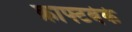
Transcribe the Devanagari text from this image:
क्राफ्टवेर्क